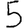
Digit: 5